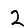
Digit: 2